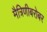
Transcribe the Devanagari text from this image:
मैत्रिणीबरोबर